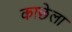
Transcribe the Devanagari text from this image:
काछेला